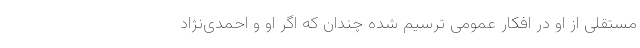
مستقلی از او در افکار عمومی ترسیم شده چندان که اگر او و احمدی‌نژاد